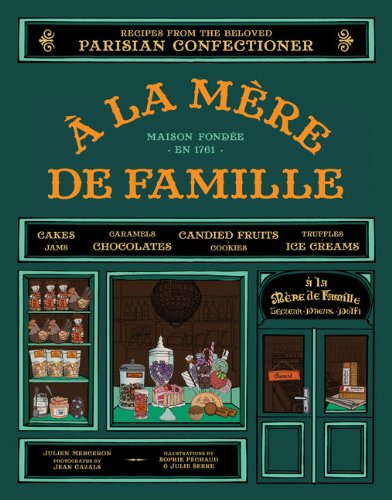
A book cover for A la Mere de Famille: Recipes from the Beloved Parisian Confectioner; Julien Merceron; Cookbooks, Food & Wine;